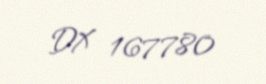
DX 167780